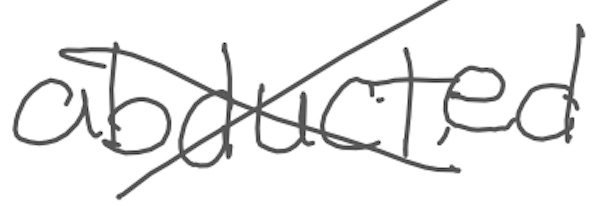
Text: abducted
Cross-out: cross
Writing tool: digital_gray